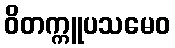
ဝိတက္ကူပသမေဝ